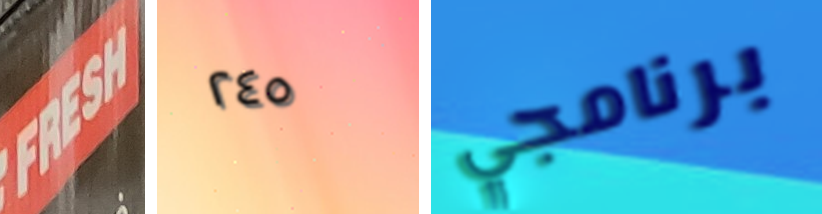
FRESH ٢٤٥ برنامجي